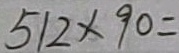
5 1 2 \times 9 0 =